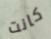
كانت